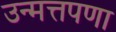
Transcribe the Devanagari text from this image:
उन्मत्तपणा